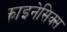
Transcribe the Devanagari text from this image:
काइनेसिक्स